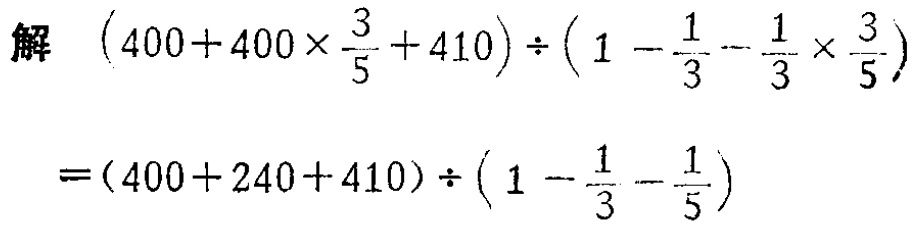
\[

\begin{align*}

&\text{解 }(400 + 400\times\frac{3}{5}+410)\div(1-\frac{1}{3}-\frac{1}{3}\times\frac{3}{5})\\

=&(400 + 240+410)\div(1-\frac{1}{3}-\frac{1}{5})

\end{align*}

\]